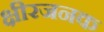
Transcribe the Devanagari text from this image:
क्षीरजनक